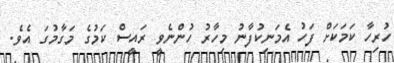
ހުރިހާ ކަމަކަށް ފަހު އެމަނިކުފާނު މިހާރު ހުންނެވީ ރައީސް ކަމުގެ މަގާމުގަ އެވެ.